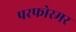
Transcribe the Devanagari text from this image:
परफोरमर